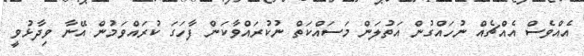
އެއްވެސް އެއްޗެއް ނުހައްގުން އަތުލަން މަސައްކަތް ނުކުރައްވާކަން ފާހަގަ ކުރައްވަމުން އޭނާ ވިދާޅުވީ